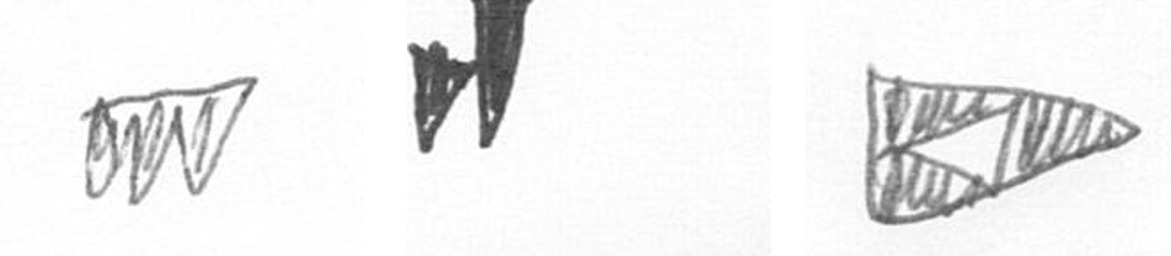
L M K